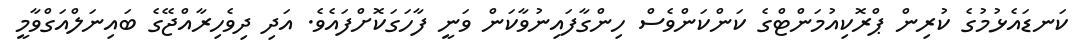
ކަނޑައެޅުމުގެ ކުރިން ޕްރޮކިއުމަންޓްގެ ކަންކަންވެސް ހިންގާފައިނުވާކަން ވަނީ ފާހަގަކޮށްފައެވެ. އަދި ދިވެހިރާއްޖޭގެ ބައިނަލްއަގްވާމީ